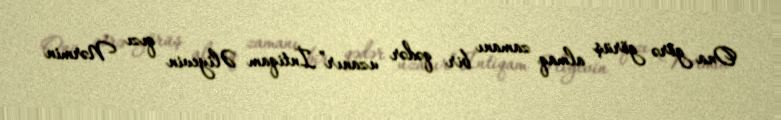
Ona görə görüş almaq zamanı bir qədər uzanır”.İntiqam Əliyevin qızı Nərmin